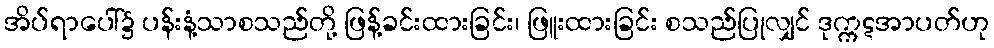
အိပ်ရာပေါ်၌ ပန်းနံ့သာစသည်တို့ ဖြန့်ခင်းထားခြင်း၊ ဖြူးထားခြင်း စသည်ပြုလျှင် ဒုက္ကဋအာပတ်ဟု